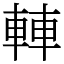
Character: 䡛